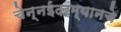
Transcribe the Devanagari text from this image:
चेन्नईदरम्यानचे